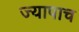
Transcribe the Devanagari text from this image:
ज्यापाच